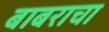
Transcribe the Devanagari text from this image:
बाबराचा